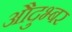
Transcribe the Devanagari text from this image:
औदुभ्बर